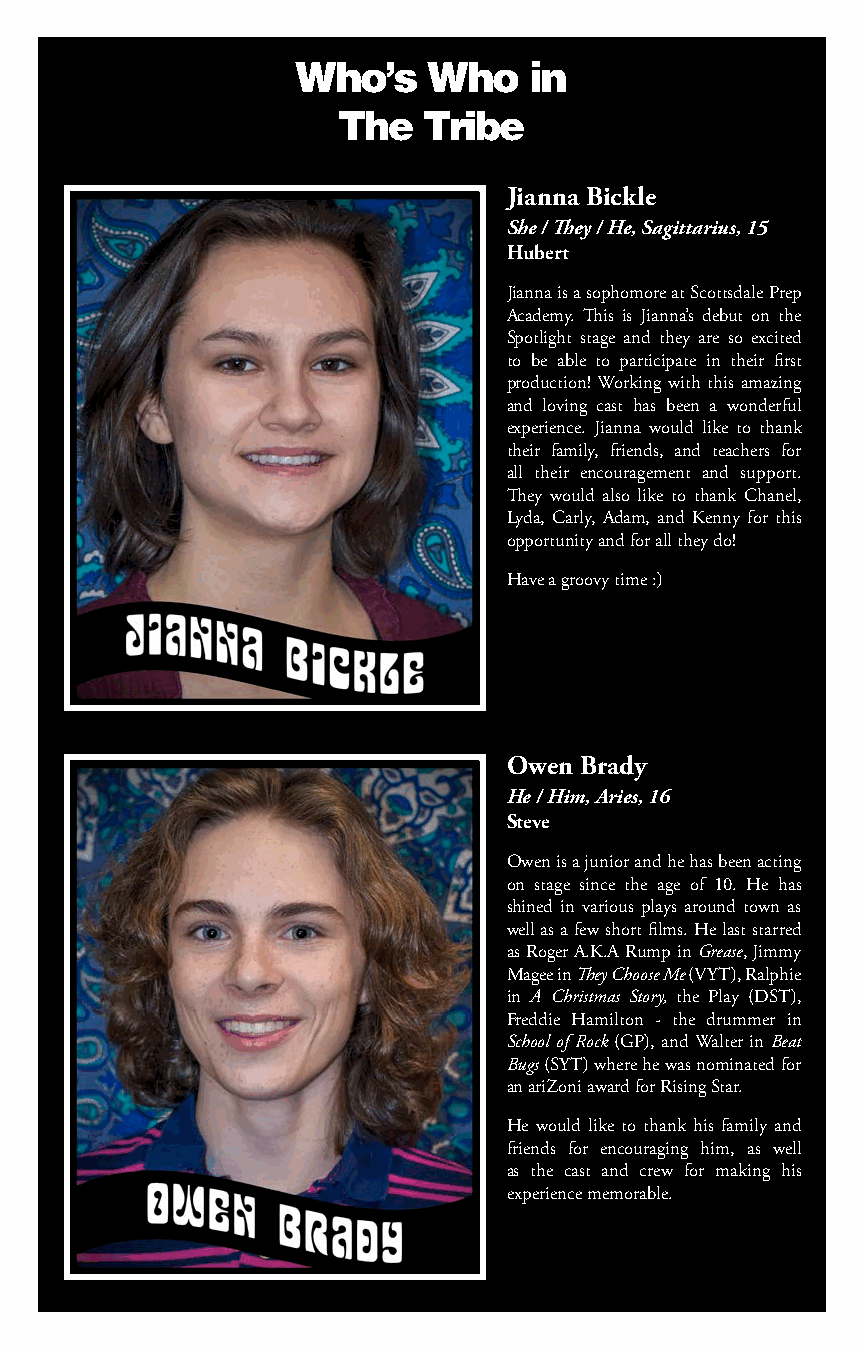
Who’s    Who    in
 The   Tribe
 Jianna Bickle
 She / They / He, Sagittarius, 15
 Hubert
 Jianna is a sophomore at Scottsdale Prep
 Academy. This is Jianna’s debut on the
 Spotlight stage and they are so excited
 to be able to participate in their first
 production! Working with this amazing
 and loving cast has been a wonderful
 experience. Jianna would like to thank
 their family, friends, and teachers for
 all their encouragement and support.
 They would also like to thank Chanel,
 Lyda, Carly, Adam, and Kenny for this
 opportunity and for all they do!
 Have a groovy time :)
 Owen Brady
 He / Him, Aries, 16
 Steve
 Owen is a junior and he has been acting
 on stage since the age of 10. He has
 shined in various plays around town as
 well as a few short films. He last starred
 as Roger A.K.A Rump in Grease, Jimmy
 Magee in They Choose Me (VYT), Ralphie
 in A Christmas Story, the Play (DST),
 Freddie Hamilton - the drummer in
 School of Rock (GP), and Walter in Beat
 Bugs (SYT) where he was nominated for
 an ariZoni award for Rising Star.
 He would like to thank his family and
 friends for encouraging him, as well
 as the cast and crew for making his
 experience memorable.